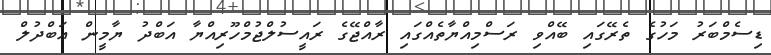
ޑިސެމްބަރު މަހުގެ ތެރޭގައި ބޭއްވި ރަސްމިއްޔާތެއްގައި ރާއްޖޭގެ ރައީސުލްޖުމްހޫރިއްޔާ އަބްދު ޔާމީން އަބްދުލް